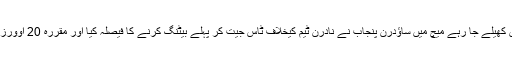
تفصیلات کے مطابق اقبال سٹیڈیم فیصل آباد میں کھیلے جا رہے میچ میں ساﺅدرن پنجاب نے نادرن ٹیم کیخلاف ٹاس جیت کر پہلے بیٹنگ کرنے کا فیصلہ کیا اور مقررہ 20 اوورز میں 9 وکٹوں کے نقصان پر 135 رنز بنائے۔